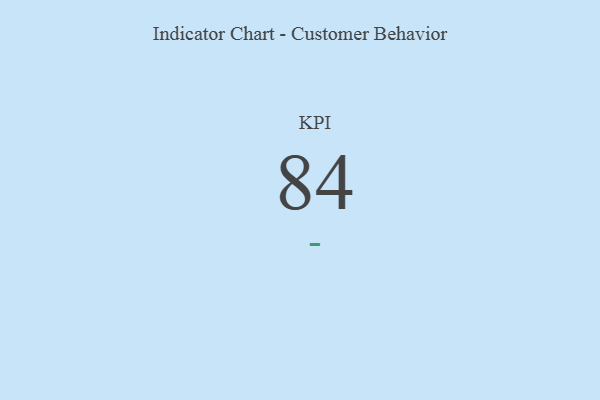
{"axis": {"x": "KPI", "y": "Value"}, "legend": [""], "data": [{"x": "KPI", "y": 84, "type": ""}]}